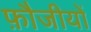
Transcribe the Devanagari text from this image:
फ़ौजीयों